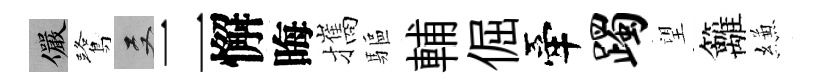
儼鷺双二懈晦攜驅輔倔牽躅望籬縑